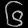
Digit: ၆